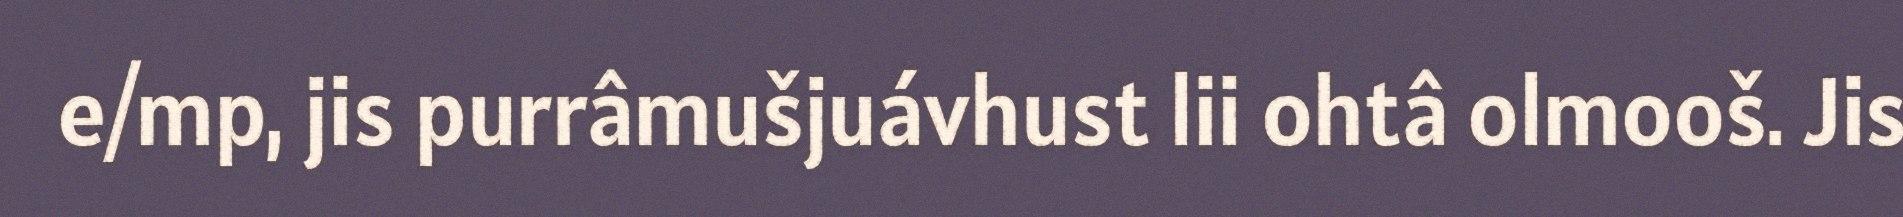
e/mp, jis purrâmušjuávhust lii ohtâ olmooš. Jis